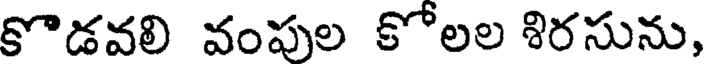
కొడవలి వంపుల కోలల శిరసును,